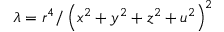
\lambda = r ^ { 4 } / \left( x ^ { 2 } + y ^ { 2 } + z ^ { 2 } + u ^ { 2 } \right) ^ { 2 }